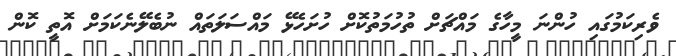
ވެރިކަމުގައި ހުންނަ މީހާގެ މައްޗަށް ތުހުމަތުކޮށް ހުށަހެޅޭ މައްސަލަތައް ނުބެލޭނެކަމަށް އޮތީ ކޮން